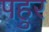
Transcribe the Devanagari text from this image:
पहुर